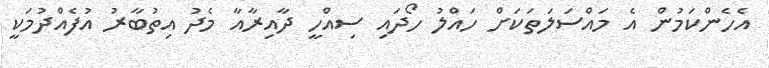
އެހެންކަމުން އެ މައްސަލަތަކަށް ހައްލު ހޯދައި ސިއްހީ ދާއިރާއާ މެދު އިތުބާރު އުފެއްދުމަކީ